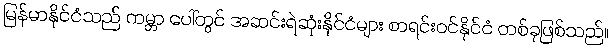
မြန်မာနိုင်ငံသည် ကမ္ဘာ ပေါ်တွင် အဆင်းရဲဆုံးနိုင်ငံများ စာရင်းဝင်နိုင်ငံ တစ်ခုဖြစ်သည်။